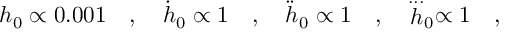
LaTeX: h _ { 0 } \propto 0 . 0 0 1 \quad , \quad \dot { h } _ { 0 } \propto 1 \quad , \quad \ddot { h } _ { 0 } \propto 1 \quad , \quad \stackrel { . . . } h _ { 0 } \propto 1 \quad ,